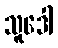
သူဒေါ